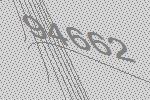
94662